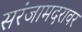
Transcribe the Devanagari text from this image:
सरंजामदरावर